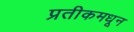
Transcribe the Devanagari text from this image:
प्रतीकमधून